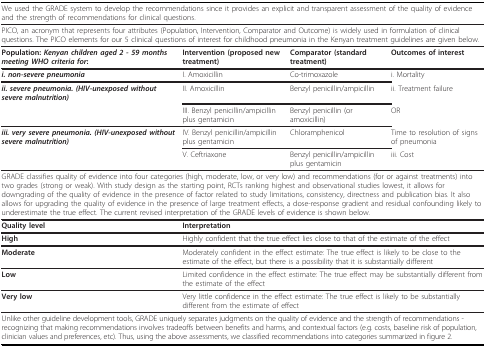
<table><thead><tr><td colspan="4"><b>We used the GRADE system to develop the recommendations since it provides an explicit and transparent assessment of the quality of evidence and the strength of recommendations for clinical questions.</b></td></tr></thead><tbody><tr><td colspan="4">PICO, an acronym that represents four attributes (Population, Intervention, Comparator and Outcome) is widely used in formulation of clinical questions. The PICO elements for our 5 clinical questions of interest for childhood pneumonia in the Kenyan treatment guidelines are given below.</td></tr><tr><td><b>Population: <i>Kenyan children aged 2 - 59 months meeting WHO criteria for</i>:</b></td><td><b>Intervention (proposed new treatment)</b></td><td><b>Comparator (standard treatment)</b></td><td><b>Outcomes of interest</b></td></tr><tr><td><b><i>i. non-severe pneumonia </i></b></td><td>I. Amoxicillin</td><td>Co-trimoxazole</td><td>i. Mortality</td></tr><tr><td><b><i>ii. severe pneumonia. (HIV-unexposed without severe malnutrition) </i></b></td><td>II. Amoxicillin</td><td>Benzyl penicillin/ampicillin</td><td>ii. Treatment failure</td></tr><tr><td></td><td>III. Benzyl penicillin/ampicillin plus gentamicin</td><td>Benzyl penicillin (or amoxicillin)</td><td>OR</td></tr><tr><td><b><i>iii. very severe pneumonia. (HIV-unexposed without severe malnutrition) </i></b></td><td>IV. Benzyl penicillin/ampicillin plus gentamicin</td><td>Chloramphenicol</td><td>Time to resolution of signs of pneumonia</td></tr><tr><td></td><td>V. Ceftriaxone</td><td>Benzyl penicillin/ampicillin plus gentamicin</td><td>iii. Cost</td></tr><tr><td colspan="4">GRADE classifies quality of evidence into four categories (high, moderate, low, or very low) and recommendations (for or against treatments) into two grades (strong or weak). With study design as the starting point, RCTs ranking highest and observational studies lowest, it allows for downgrading of the quality of evidence in the presence of factor related to study limitations, consistency, directness and publication bias. It also allows for upgrading the quality of evidence in the presence of large treatment effects, a dose-response gradient and residual confounding likely to underestimate the true effect. The current revised interpretation of the GRADE levels of evidence is shown below.</td></tr><tr><td><b>Quality level</b></td><td colspan="3"><b>Interpretation</b></td></tr><tr><td><b>High</b></td><td colspan="3">Highly confident that the true effect lies close to that of the estimate of the effect</td></tr><tr><td><b>Moderate</b></td><td colspan="3">Moderately confident in the effect estimate: The true effect is likely to be close to the estimate of the effect, but there is a possibility that it is substantially different</td></tr><tr><td><b>Low</b></td><td colspan="3">Limited confidence in the effect estimate: The true effect may be substantially different from the estimate of the effect</td></tr><tr><td><b>Very low</b></td><td colspan="3">Very little confidence in the effect estimate: The true effect is likely to be substantially different from the estimate of effect</td></tr><tr><td colspan="4">Unlike other guideline development tools, GRADE uniquely separates judgments on the quality of evidence and the strength of recommendations - recognizing that making recommendations involves tradeoffs between benefits and harms, and contextual factors (e.g. costs, baseline risk of population, clinician values and preferences, etc). Thus, using the above assessments, we classified recommendations into categories summarized in figure 2.</td></tr></tbody></table>